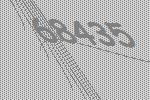
68435